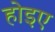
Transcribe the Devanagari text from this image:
होइए